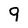
Character: 9